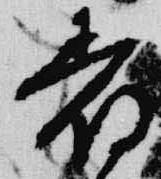
着